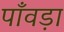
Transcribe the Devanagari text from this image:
पाँवड़ा